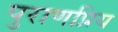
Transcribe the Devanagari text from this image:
पुराणप्रिय